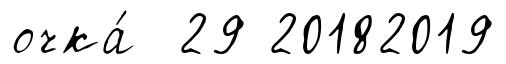
очка́ 29 20182019